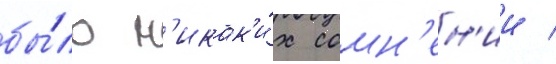
бы́ло н'икак'и́х сомн'ен'ии /